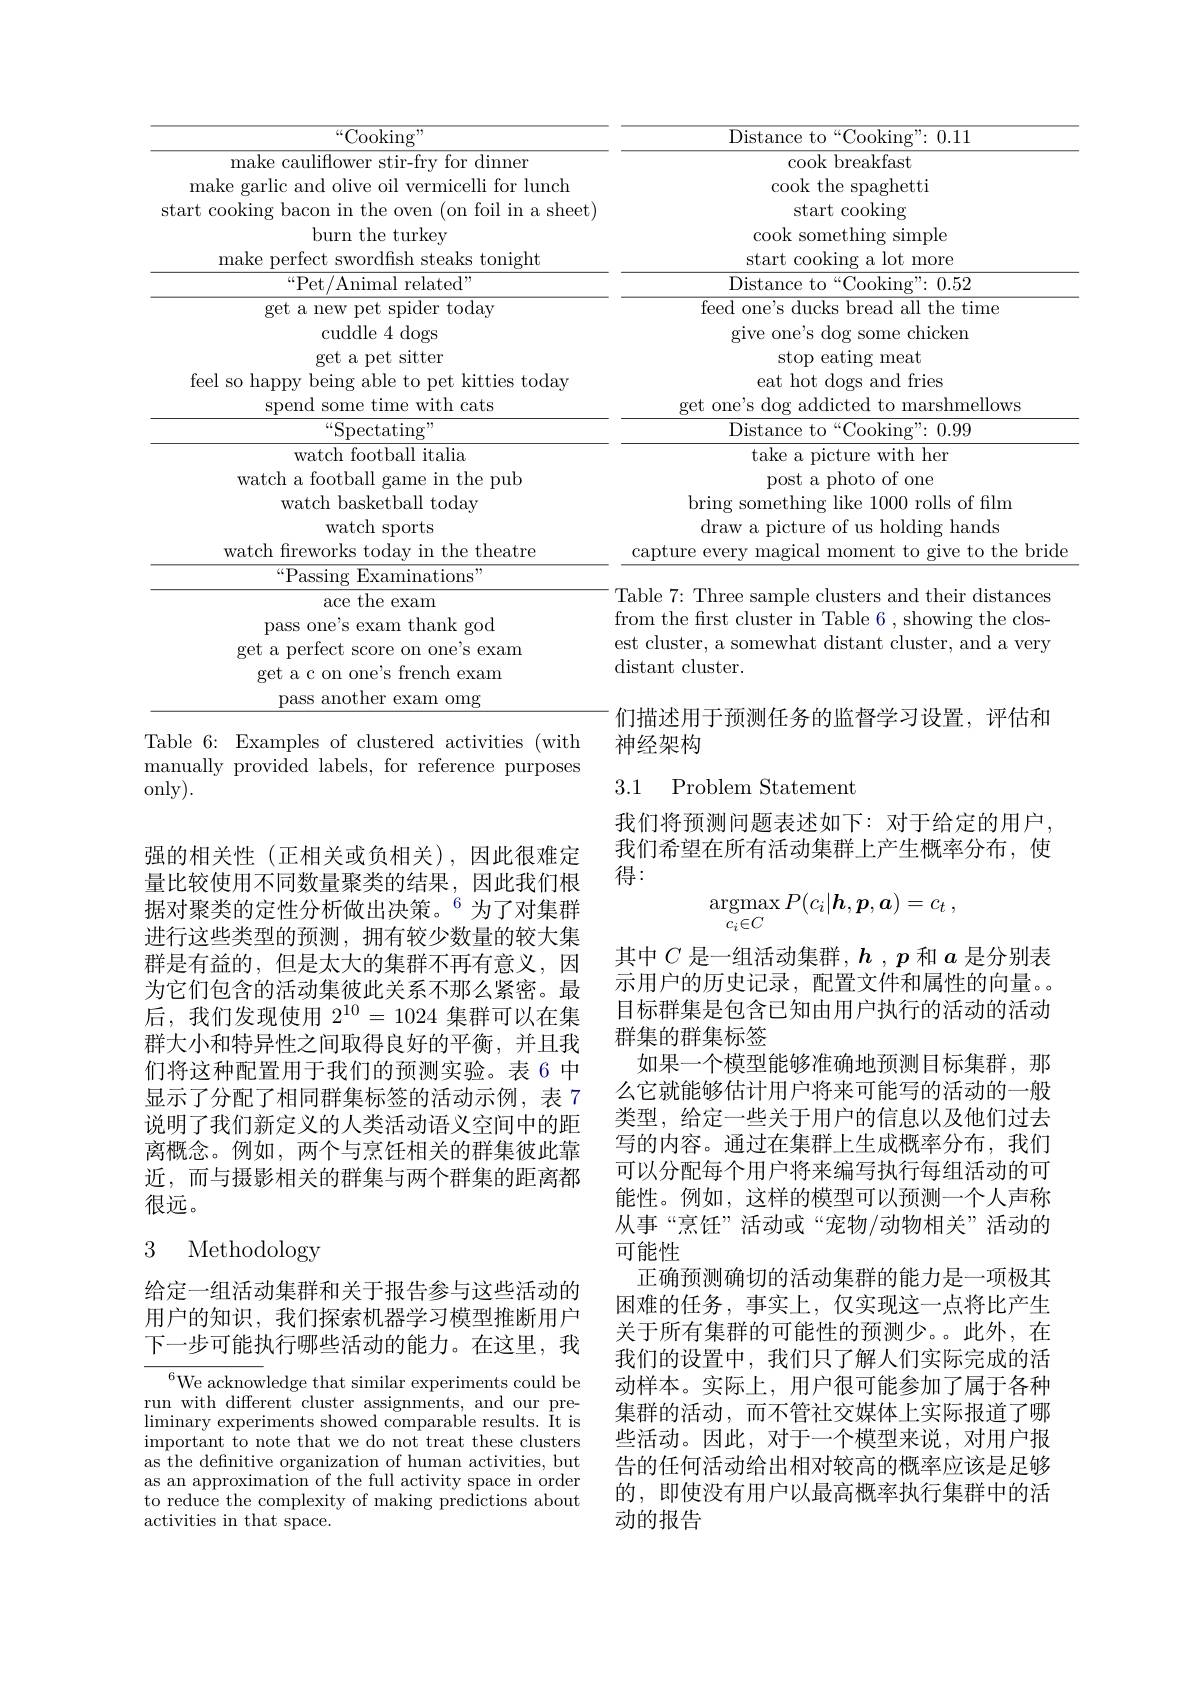
<table>
	<tbody>
		<tr>
			<th>${“}{\mathrm{Cooking"}}$</th>
			<th>Distance to “Cooking”:0.11</th>
		</tr>
		<tr>
			<td>make cauliflower stir-fry for dinner make garlic and olive oil vermicelli for lunch start cooking bacon in the oven (on foil in a sheet) burn the turkev</td>
			<td>cook breakfast cook the spaghetti start cooking $c00$ son $no$ simnle</td>
		</tr>
		<tr>
			<td>make cauliflower stir-fry for dinner make garlic and olive oil vermicelli for lunch start cooking bacon in the oven (on foil in a sheet) burn the turkey</td>
			<td>cook breakfast cook the spaghetti start cooking cook something simple</td>
		</tr>
		<tr>
			<td>make cauliflower stir-fry for dinner make garlic and olive oil vermicelli for lunch start cooking bacon in the oven (on foil in a sheet burn the turkey make perfect swordfish steaks tonight $“$Pet/Animal related" get a new pet spider today cuddle 4 dogs get a pet sitter feel so happy being able to pet kitties today spend some time with cats ${}^{“ }$Spectating" watch football italia watch a football game in the pub watch basketball today watch sports watch freworks today in the theatre ${“}{\mathrm{Passing~Examinations"}}$ ace the exam pass one's exam thank god get a perfect score on one's exam get a c on one's french exam pass another exam omg</td>
			<td>cook breakfast cook the spaghetti start cooking cook something simple start cooking a lot more Distance to“Cooking”:0.52 feed one's ducks bread all the time give one's dog some chicken stop eating meat eat hot dogs and fries get one's dog addicted to marshmellows ${\mathrm{Distance~to~“Cooking":~0.99}}$ take a picture with her post a photo of one bring something like 1000 rolls of film draw a picture of us holding hands capture every magical moment to give to the bride Table 7: Three sample clusters and their distances from the frst cluster in Table 6 , showing the clos- est cluster, a somewhat distant cluster, and a very distant cluster.</td>
		</tr>
		<tr>
			<td>make caulitlower stır-try tor dınner make garlic and olive oil vermicelli for lunch start cooking bacon in the oven (on foil in a sheet burn the turkey make perfect swordfish steaks tonight $“$Pet/Animal related" get a new pet spider today cuddle 4 dogs get a pet sitter feel so happy being able to pet kitties today spend some time with cats $\overline{“\mathrm{Spectating}”}$ watch football italia watch a football game in the pub watch basketball today watch sports watch freworks today in the theatre $“$Passing Examinations” ${\mathrm{ace~the~exam}}$ pass one's exam thank god get a perfect score on one's exam get a c on one's french exam pass another exam omg</td>
			<td>cook breaktast cook the spaghetti start cooking cook something simple start cooking a lot more Distance to “ Cooking" : 0. 52 feed one's ducks bread all the time give one's dog some chicken stop eating meat eat hot dogs and fries get one's dog addicted to marshmellows Distance to“Cooking”:0.99 take a picture with her post a photo of one bring something like 1000 rolls of film draw a picture of us holding hands capture every magical moment to give to the bride Table 7: Three sample clusters and their distances from the frst cluster in Table 6 , showing the clos- est cluster, a somewhat distant cluster, and a very distant cluster.</td>
		</tr>
		<tr>
			<td>watch tootball italla watch a football game in the pub watch basketball today watch sports</td>
			<td>take a plcture with her post a photo of one bring something like 1000 rolls of film draw a picture of us holding hands</td>
		</tr>
		<tr>
			<td>ace the exam pass one's exam thank god get a perfect score on one's exam get a c on one's french exam pass another exam omg</td>
			<td>from the first cluster in Table 6 , showing the clos- est cluster, a somewhat distant cluster, and a very distant cluster.</td>
		</tr>
	</tbody>
</table>

神经架构

Table 6: Examples of clustered activities (with manually provided labels, for reference purposes only).

3.1

Problem Statement

我们将预测问题表述如下：对于给定的用户我们希望在所有活动集群上产生概率分布，使得：
$$\mathop{\mathrm{argmax}}_{c_i\in C}P(c_i|h,p,a)=c_t\:,$$
强的相关性(正相关或负相关),因此很难定量比较使用不同数量聚类的结果，因此我们根据对聚类的定性分析做出决策。$^{6}$为了对集群进行这些类型的预测，拥有较少数量的较大集群是有益的，但是太大的集群不再有意义，因为它们包含的活动集彼此关系不那么紧密。最后，我们发现使用$2^{10}=1024$集群可以在集群大小和特异性之间取得良好的平衡，并且我们将这种配置用于我们的预测实验。表 6 中显示了分配了相同群集标签的活动示例，表 7说明了我们新定义的人类活动语义空间中的距离概念。例如，两个与烹饪相关的群集彼此靠近，而与摄影相关的群集与两个群集的距离都很远。

其中$C$是一组活动集群，$h$ , $p$和$a$是分别表示用户的历史记录，配置文件和属性的向量。目标群集是包含已知由用户执行的活动的活动群集的群集标签
如果一个模型能够准确地预测目标集群，那么它就能够估计用户将来可能写的活动的一般类型，给定一些关于用户的信息以及他们过去写的内容。通过在集群上生成概率分布，我们可以分配每个用户将来编写执行每组活动的可能性。例如，这样的模型可以预测一个人声称从事“烹饪”活动或“宠物/动物相关”活动的可能性
正确预测确切的活动集群的能力是一项极其困难的任务，事实上，仅实现这一点将比产生关于所有集群的可能性的预测少。此外，在我们的设置中，我们只了解人们实际完成的活动样本。实际上，用户很可能参加了属于各种集群的活动，而不管社交媒体上实际报道了哪些活动。因此，对于一个模型来说，对用户报告的任何活动给出相对较高的概率应该是足够的，即使没有用户以最高概率执行集群中的活动的报告

# 3 Methodology

给定一组活动集群和关于报告参与这些活动的用户的知识，我们探索机器学习模型推断用户下一步可能执行哪些活动的能力。在这里，我

${}^{6}$We acknowledge that similar experiments could be run with different cluster assignments, and our pre- $\operatorname*{liminary}$experiments showed comparable results. It is $i$mportant to note that we do not treat these clusters as the definitive organization of human activities, but as an approximation of the full activity space in order to reduce the complexity of making predictions about activities in that space.